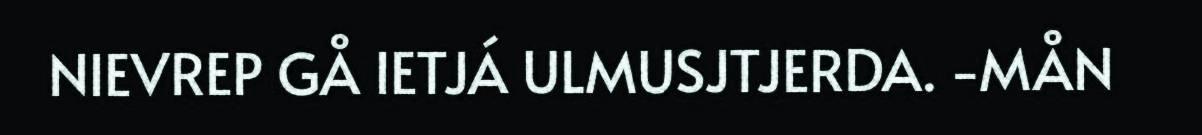
NIEVREP GÅ IETJÁ ULMUSJTJERDA. -MÅN